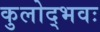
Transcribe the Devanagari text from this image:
कुलोद्भवः